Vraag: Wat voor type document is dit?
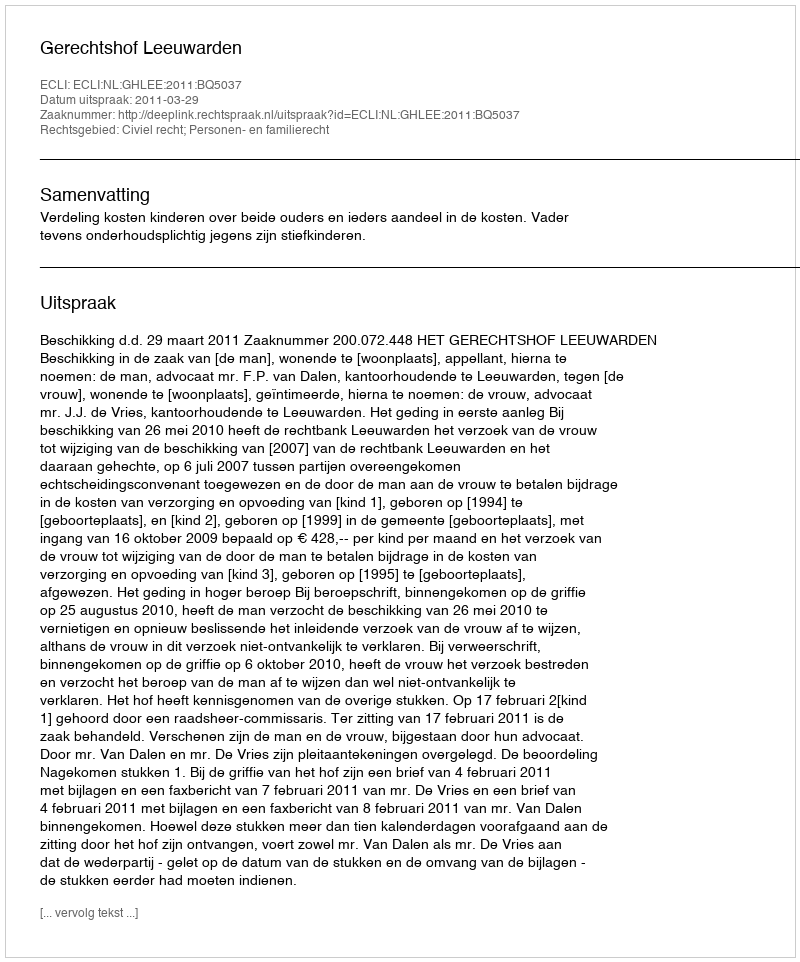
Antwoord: Uitspraak